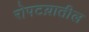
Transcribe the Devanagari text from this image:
रोपटय़ातील